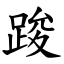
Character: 踆